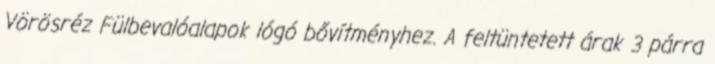
Vörösréz Fülbevalóalapok lógó bővítményhez. A feltüntetett árak 3 párra